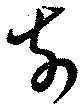
前